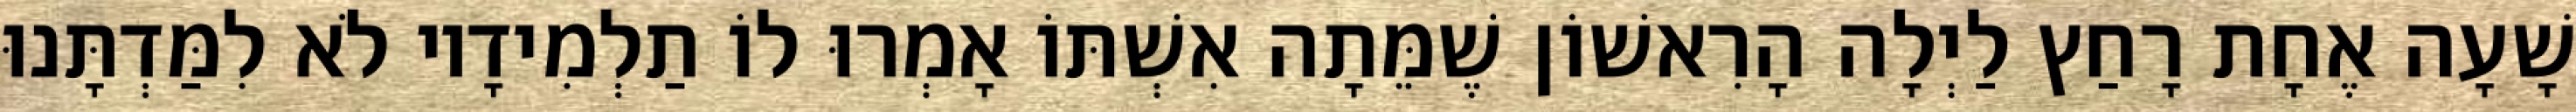
שָׁעָה אֶחָת רָחַץ לַיְלָה הָרִאשׁוֹן שֶׁמֵּתָה אִשְׁתּוֹ אָמְרוּ לוֹ תַלְמִידָיו לֹא לִמַּדְתָּנוּ